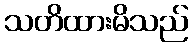
သတိထားမိသည်